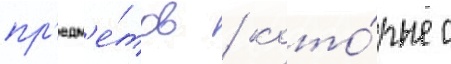
пр'едм'е́тов / кото́рые с